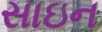
સાઇન